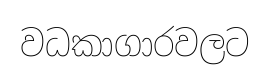
වධකාගාරවලට